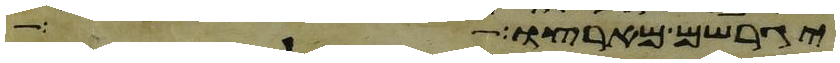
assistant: יגרשם מארצו